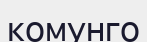
комунго